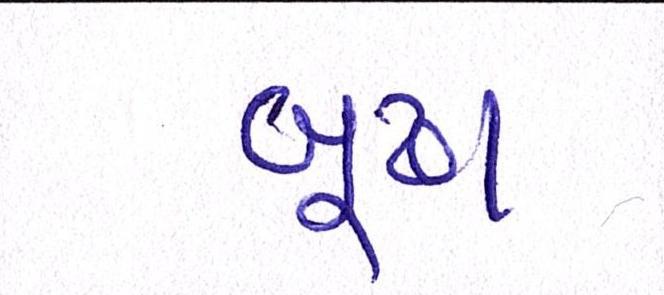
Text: બૂઢા